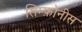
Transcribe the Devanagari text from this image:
सिम्फ़ोनीस